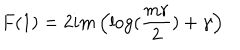
LaTeX: F ( 1 ) = 2 i m \left( \log ( { \frac { m r } { 2 } } ) + \gamma \right)